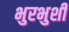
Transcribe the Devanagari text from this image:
भुरभुशी